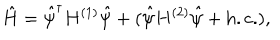
LaTeX: \hat { H } = \hat { \psi } ^ { \dagger } H ^ { ( 1 ) } \hat { \psi } + ( \hat { \psi } H ^ { ( 2 ) } \hat { \psi } + \mathrm { h . c . } ) ,